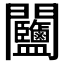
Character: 𨷽